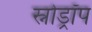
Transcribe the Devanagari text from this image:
स्नोड्रॉप